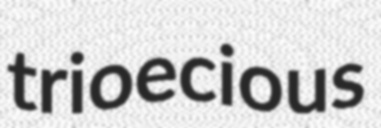
trioecious